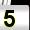
Digit: 5